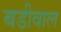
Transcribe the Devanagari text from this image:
बडीवाल